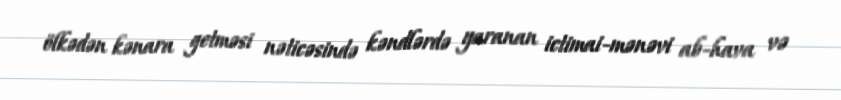
ölkədən kənara getməsi nəticəsində kəndlərdə yaranan ictimai-mənəvi ab-hava və